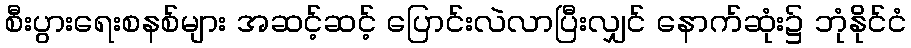
စီးပွားရေးစနစ်များ အဆင့်ဆင့် ပြောင်းလဲလာပြီးလျှင် နောက်ဆုံး၌ ဘုံနိုင်ငံ